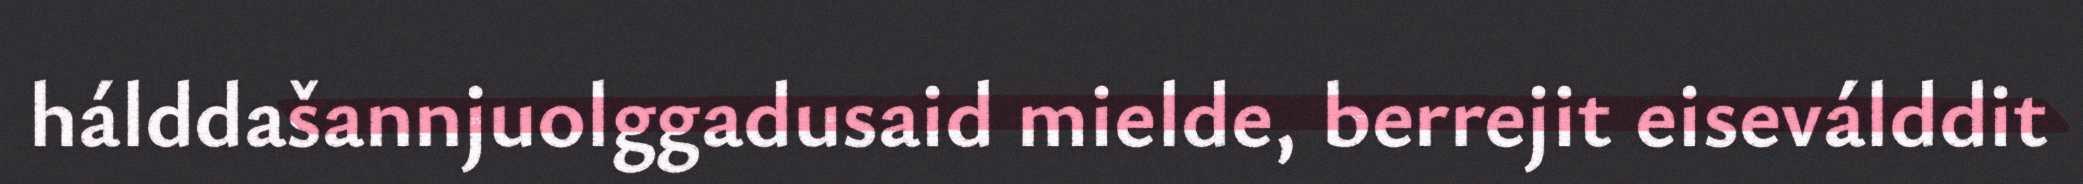
hálddašannjuolggadusaid mielde, berrejit eiseválddit